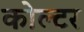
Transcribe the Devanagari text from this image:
कोल्टर